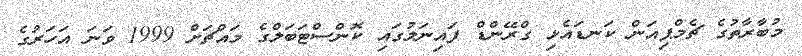
މުބާރާތުގެ ޗެމްޕިއަން ކަނޑައެޅި ގްރޭންޑް ފައިނަލުގައި ކޮންސްޓަބަލްގެ މައްޗަށް 1999 ވަނަ އަހަރުގެ